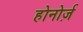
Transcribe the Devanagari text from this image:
होनोर्ज़